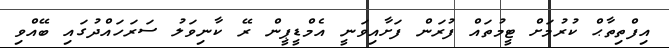
އިފްތިތާޙް ކުރުމަށް ޓީމުތައް ފުރަން ފަށާއިވަނީ އެމްޑީޕީން ރޭ ކާނިވަލު ސަރަހައްދުގައި ބޭއްވި